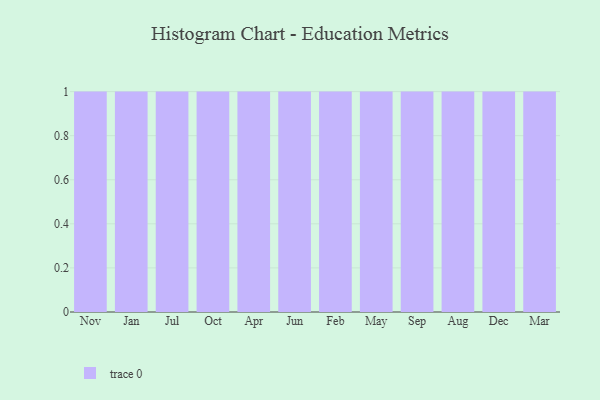
{"axis": {"x": "Month", "y": "Backlog"}, "legend": [""], "data": [{"x": "Nov", "y": 48, "type": ""}, {"x": "Jan", "y": 91, "type": ""}, {"x": "Jul", "y": 73, "type": ""}, {"x": "Oct", "y": 76, "type": ""}, {"x": "Apr", "y": 92, "type": ""}, {"x": "Jun", "y": 6, "type": ""}, {"x": "Feb", "y": 35, "type": ""}, {"x": "May", "y": 21, "type": ""}, {"x": "Sep", "y": 78, "type": ""}, {"x": "Aug", "y": 87, "type": ""}, {"x": "Dec", "y": 78, "type": ""}, {"x": "Mar", "y": 92, "type": ""}]}